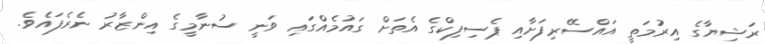
ރަޝިޔާގެ އިރުމަތީ އައްސޭރިފަށާއި ޕެސިފިކްގެ އެތަށް ގައުމެއްގައި ވަނީ ސުނާމީގެ އިންޒާރު ނެރެފައެވެ.